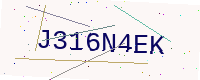
Text: J316N4EK